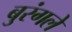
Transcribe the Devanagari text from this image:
बुरंगले